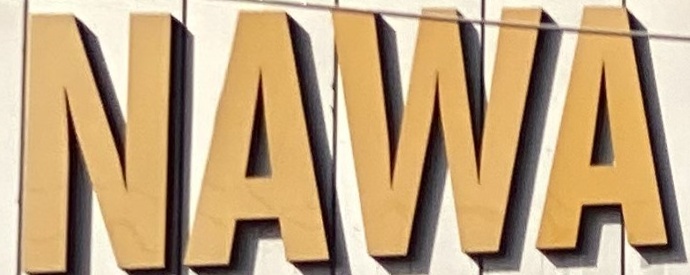
NAWA